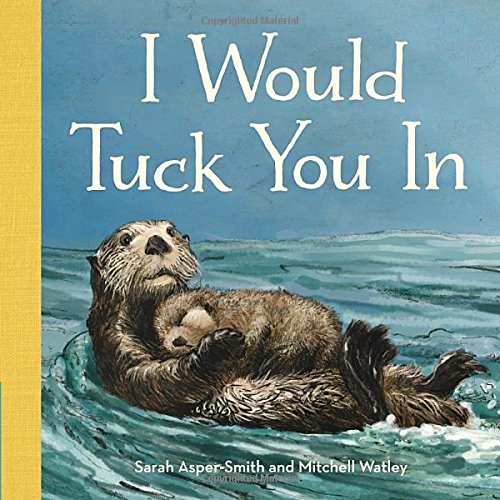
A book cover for I Would Tuck You In; Sarah Asper-Smith; Children's Books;